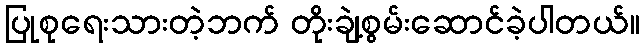
ပြုစုရေးသားတဲ့ဘက် တိုးချဲ့စွမ်းဆောင်ခဲ့ပါတယ်။